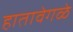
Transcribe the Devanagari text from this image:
हातावेगळे